画像に写った文字を読んでください
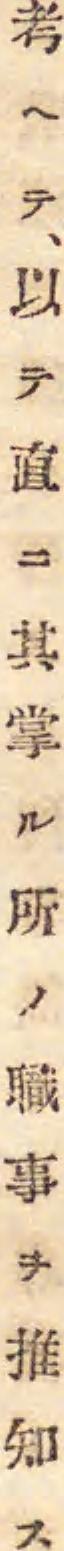
「考ヘテ、以テ直ニ其掌ル所ノ職事ヲ推知ス」と書いてあります